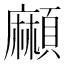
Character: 𩔶